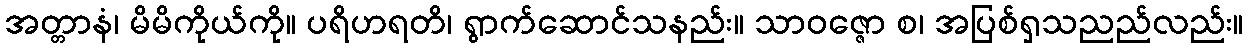
အတ္တာနံ၊ မိမိကိုယ်ကို။ ပရိဟရတိ၊ ရွာက်ဆောင်သနည်း။ သာဝဇ္ဇော စ၊ အပြစ်ရှသညည်လည်း။